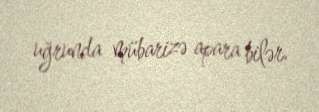
uğrunda mübarizə apara bilər.